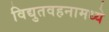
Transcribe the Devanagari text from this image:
विद्युतवहनामध्ये